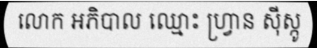
លោក អភិបាល ឈ្មោះ ហ្វ្រាន ស៊ីស្កូ